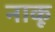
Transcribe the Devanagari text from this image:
नाकू